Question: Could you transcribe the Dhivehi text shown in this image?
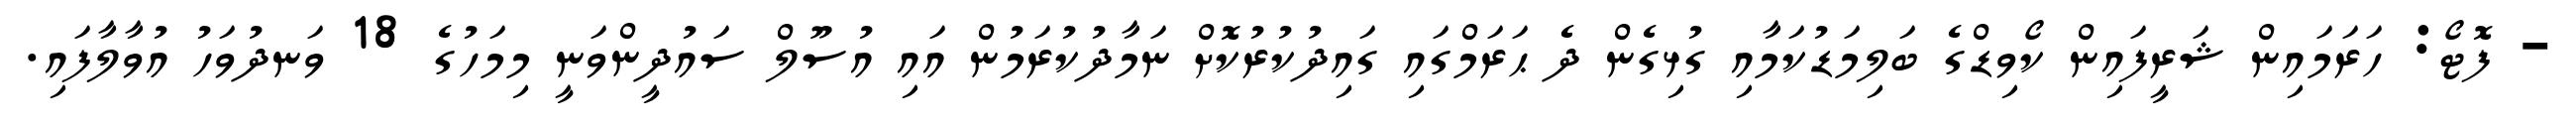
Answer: - ފޮޓޯ: ހަރަމައިން ޝަރީފައިން ކޯވިޑްގެ ބަލިމަޑުކަމާއި ގުޅިގެން ދެ ޙަރަމްގައި ގައިދުކުރުކޮށް ނަމާދުކުރަމުން އައި އުސޫލް ސައުދީންވަނީ މިމަހުގެ 18 ވަނދުވަހު އުވާލާފައި.